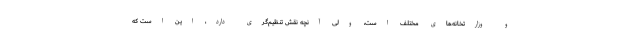
و وزارتخانه‌های مختلف است، ولی آنچه نقش تنظیم‌گری دارد، این است که